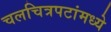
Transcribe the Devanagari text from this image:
चलचित्रपटांमध्ये